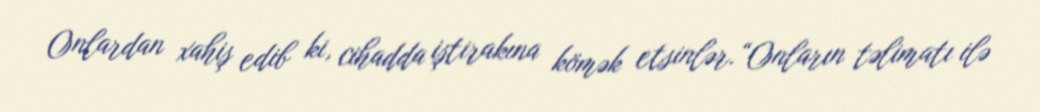
Onlardan xahiş edib ki, cihadda iştirakına kömək etsinlər.“Onların təlimatı ilə